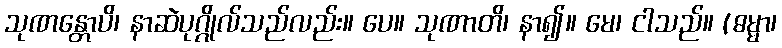
သုဏန္တောပိ၊ နာဆဲပုဂ္ဂိုလ်သည်လည်း။ ပေ။ သုဏာတိ၊ နာ၍။ မေ၊ ငါသည်။ (ဓမ္မာ၊